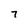
Character: 7